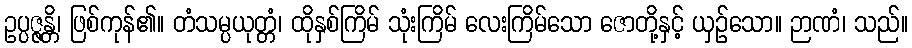
ဥပ္ပဇ္ဇန္တိ၊ ဖြစ်ကုန်၏။ တံသမ္ပယုတ္တံ၊ ထိုနှစ်ကြိမ် သုံးကြိမ် လေးကြိမ်သော ဇောတို့နှင့် ယှဉ်သော။ ဉာဏံ၊ သည်။